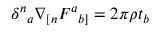
\delta ^ { n } { } _ { a } \nabla _ { [ n } F ^ { a } { } _ { b ] } = 2 \pi \rho t _ { b }